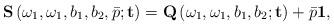
LaTeX: \begin{align*}\mathbf{S}\left(\omega_{1},\omega_{1},b_{1},b_{2},\bar{p};\mathbf{t}\right)=\mathbf{Q}\left(\omega_{1},\omega_{1},b_{1},b_{2};\mathbf{t}\right)+\bar{p}\mathbf{1},\end{align*}